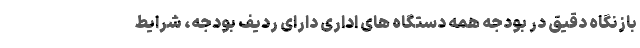
بازنگاه دقیق در بودجه همه دستگاه های اداری دارای ردیف بودجه، شرایط